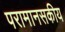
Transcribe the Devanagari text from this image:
परामानसकीय